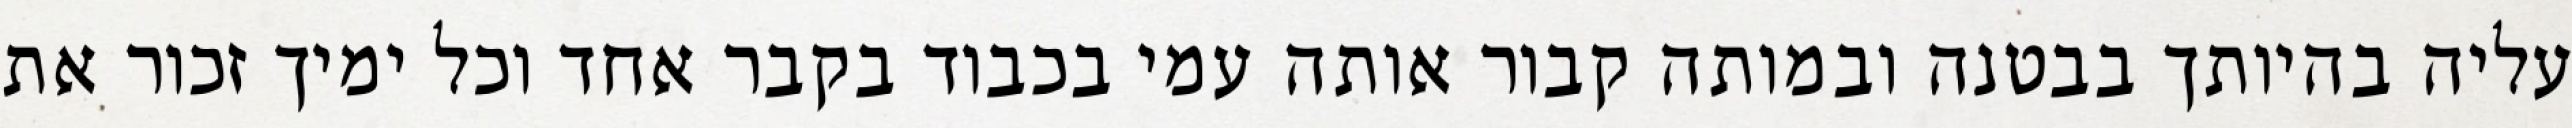
עליה בהיותך בבטנה ובמותה קבור אותה עמי בכבוד בקבר אחד וכל ימיך זכור את